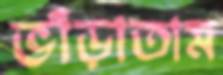
ভাঁড়াতাম